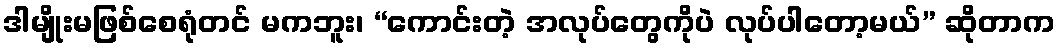
ဒါမျိုးမဖြစ်စေရုံတင် မကဘူး၊ “ကောင်းတဲ့ အလုပ်တွေကိုပဲ လုပ်ပါတော့မယ်” ဆိုတာက